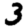
Digit: 3